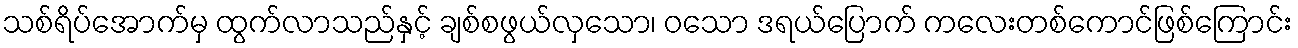
သစ်ရိပ်အောက်မှ ထွက်လာသည်နှင့် ချစ်စဖွယ်လှသော၊ ဝသော ဒရယ်ပြောက် ကလေးတစ်ကောင်ဖြစ်ကြောင်း